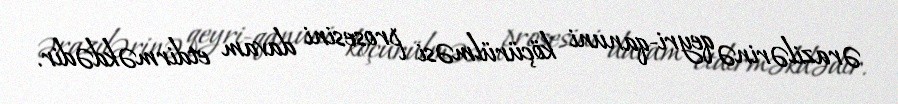
ərazilərinə qeyri-qanuni köçürülməsi prosesini davam etdirməkdədir.